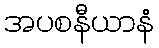
အပစနီယာနံ